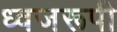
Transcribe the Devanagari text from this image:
ध्वजरूपी